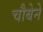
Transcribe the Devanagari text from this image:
चौबेने